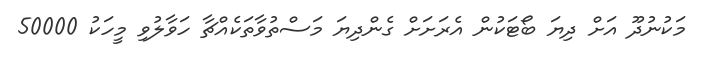
މަކުނުދޫ އަށް ދިޔަ ބޯޓަކުން އެރަށަށް ގެންދިޔަ މަސްތުވާތަކެއްޗާ ހަވާލުވި މީހަކު 50000